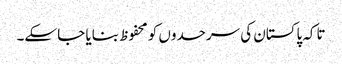
تاکہ پاکستان کی سرحدوں کو محفوظ بنایا جا سکے۔